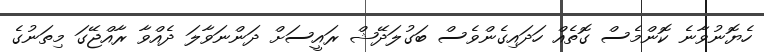
ހެޔޮނުވާނެ ކޮންމެސް ގޮތެއް ހަދައިގެންވެސް ބަގުލަދޭޝް ރައީސަށް ދަންނަވާލަ ދެއްވާ ރާއްޖޭގަ މިތަނުގެ